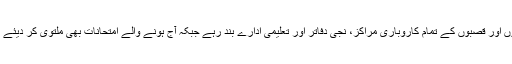
شہروں اور قصبوں کے تمام کاروباری مراکز، نجی دفاتر اور تعلیمی ادارے بند رہے جبکہ آج ہونے والے امتحانات بھی ملتوی کر دیئے گئے۔